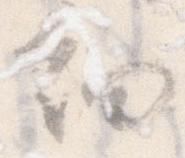
細